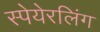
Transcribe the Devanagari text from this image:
स्पेयेरलिंग